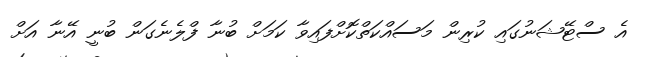
އެ ސްޓޭޝަނުގައި ކުރިން މަސައްކަތްކޮށްފައިވާ ކަމަށް ބުނާ ފްލެނެގަން ބުނީ އޭނާ އަށް